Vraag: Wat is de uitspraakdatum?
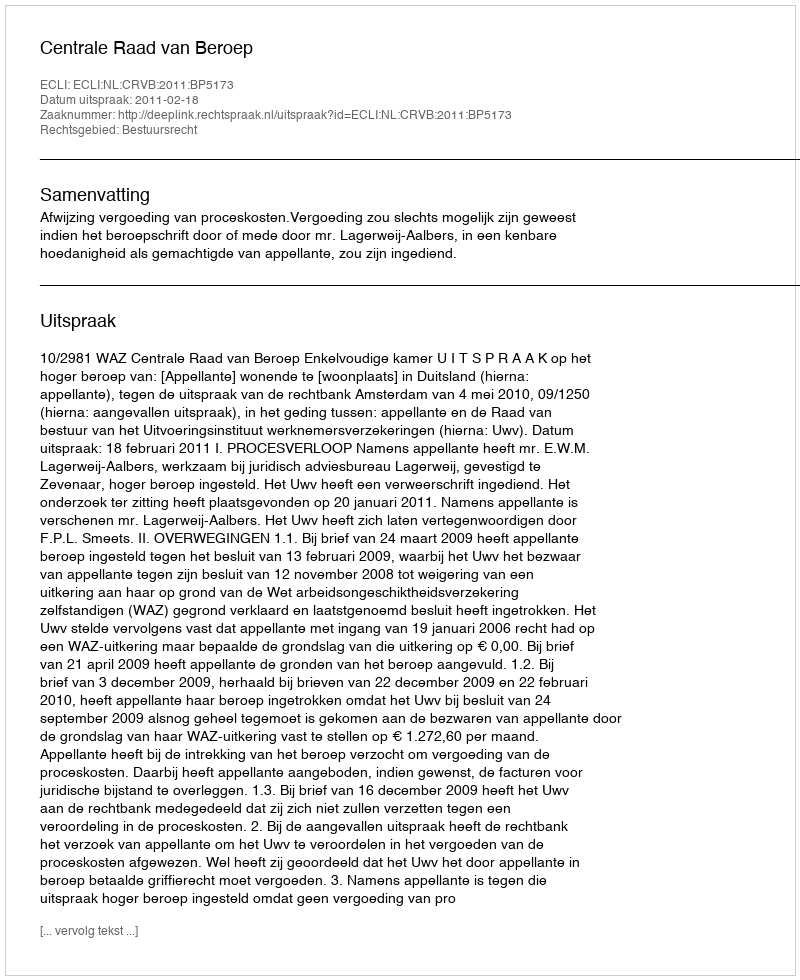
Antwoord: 2011-02-18